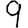
Digit: 9